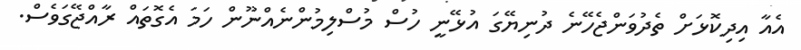
އެއާ އިދިކޮޅަށް ތެދުވަންޖެހޭނެ ދުނިޔޭގަ އުޅޭނީ ހުސް މުސްލިމުންނެއްނޫން ހަމަ އެގޮތައް ރާއްޖޭގަވެސް.